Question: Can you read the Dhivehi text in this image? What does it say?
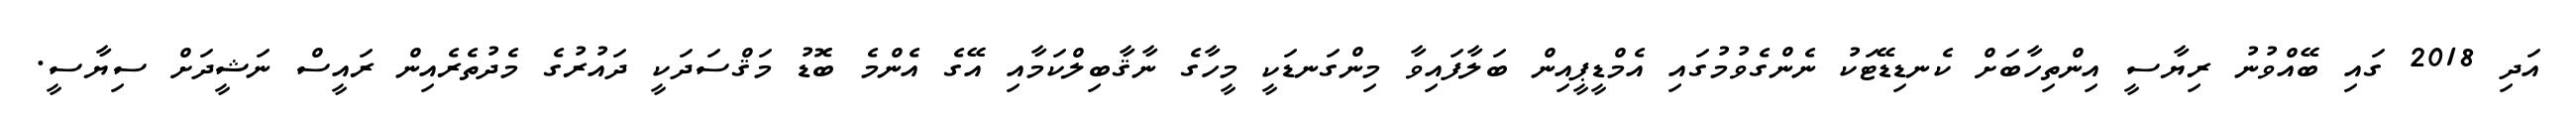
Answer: އަދި 2018 ގައި ބޭއްވުނު ރިޔާސީ އިންތިހާބަށް ކެނޑިޑޭޓަކު ނެންގެވުމުގައި އެމްޑީޕީއިން ބަލާފައިވާ މިންގަނޑަކީ މީހާގެ ނާޤާބިލްކަމާއި އޭގެ އެންމެ ބޮޑު މަޤްސަދަކީ ދައުރުގެ މެދުތެރެއިން ރައީސް ނަޝީދަށް ސިޔާސީ.